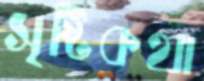
সৃষ্টিকথা